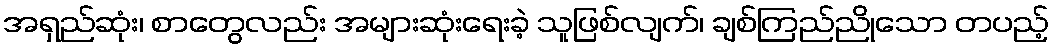
အရှည်ဆုံး၊ စာတွေလည်း အများဆုံးရေးခဲ့ သူဖြစ်လျက်၊ ချစ်ကြည်ညိုသော တပည့်